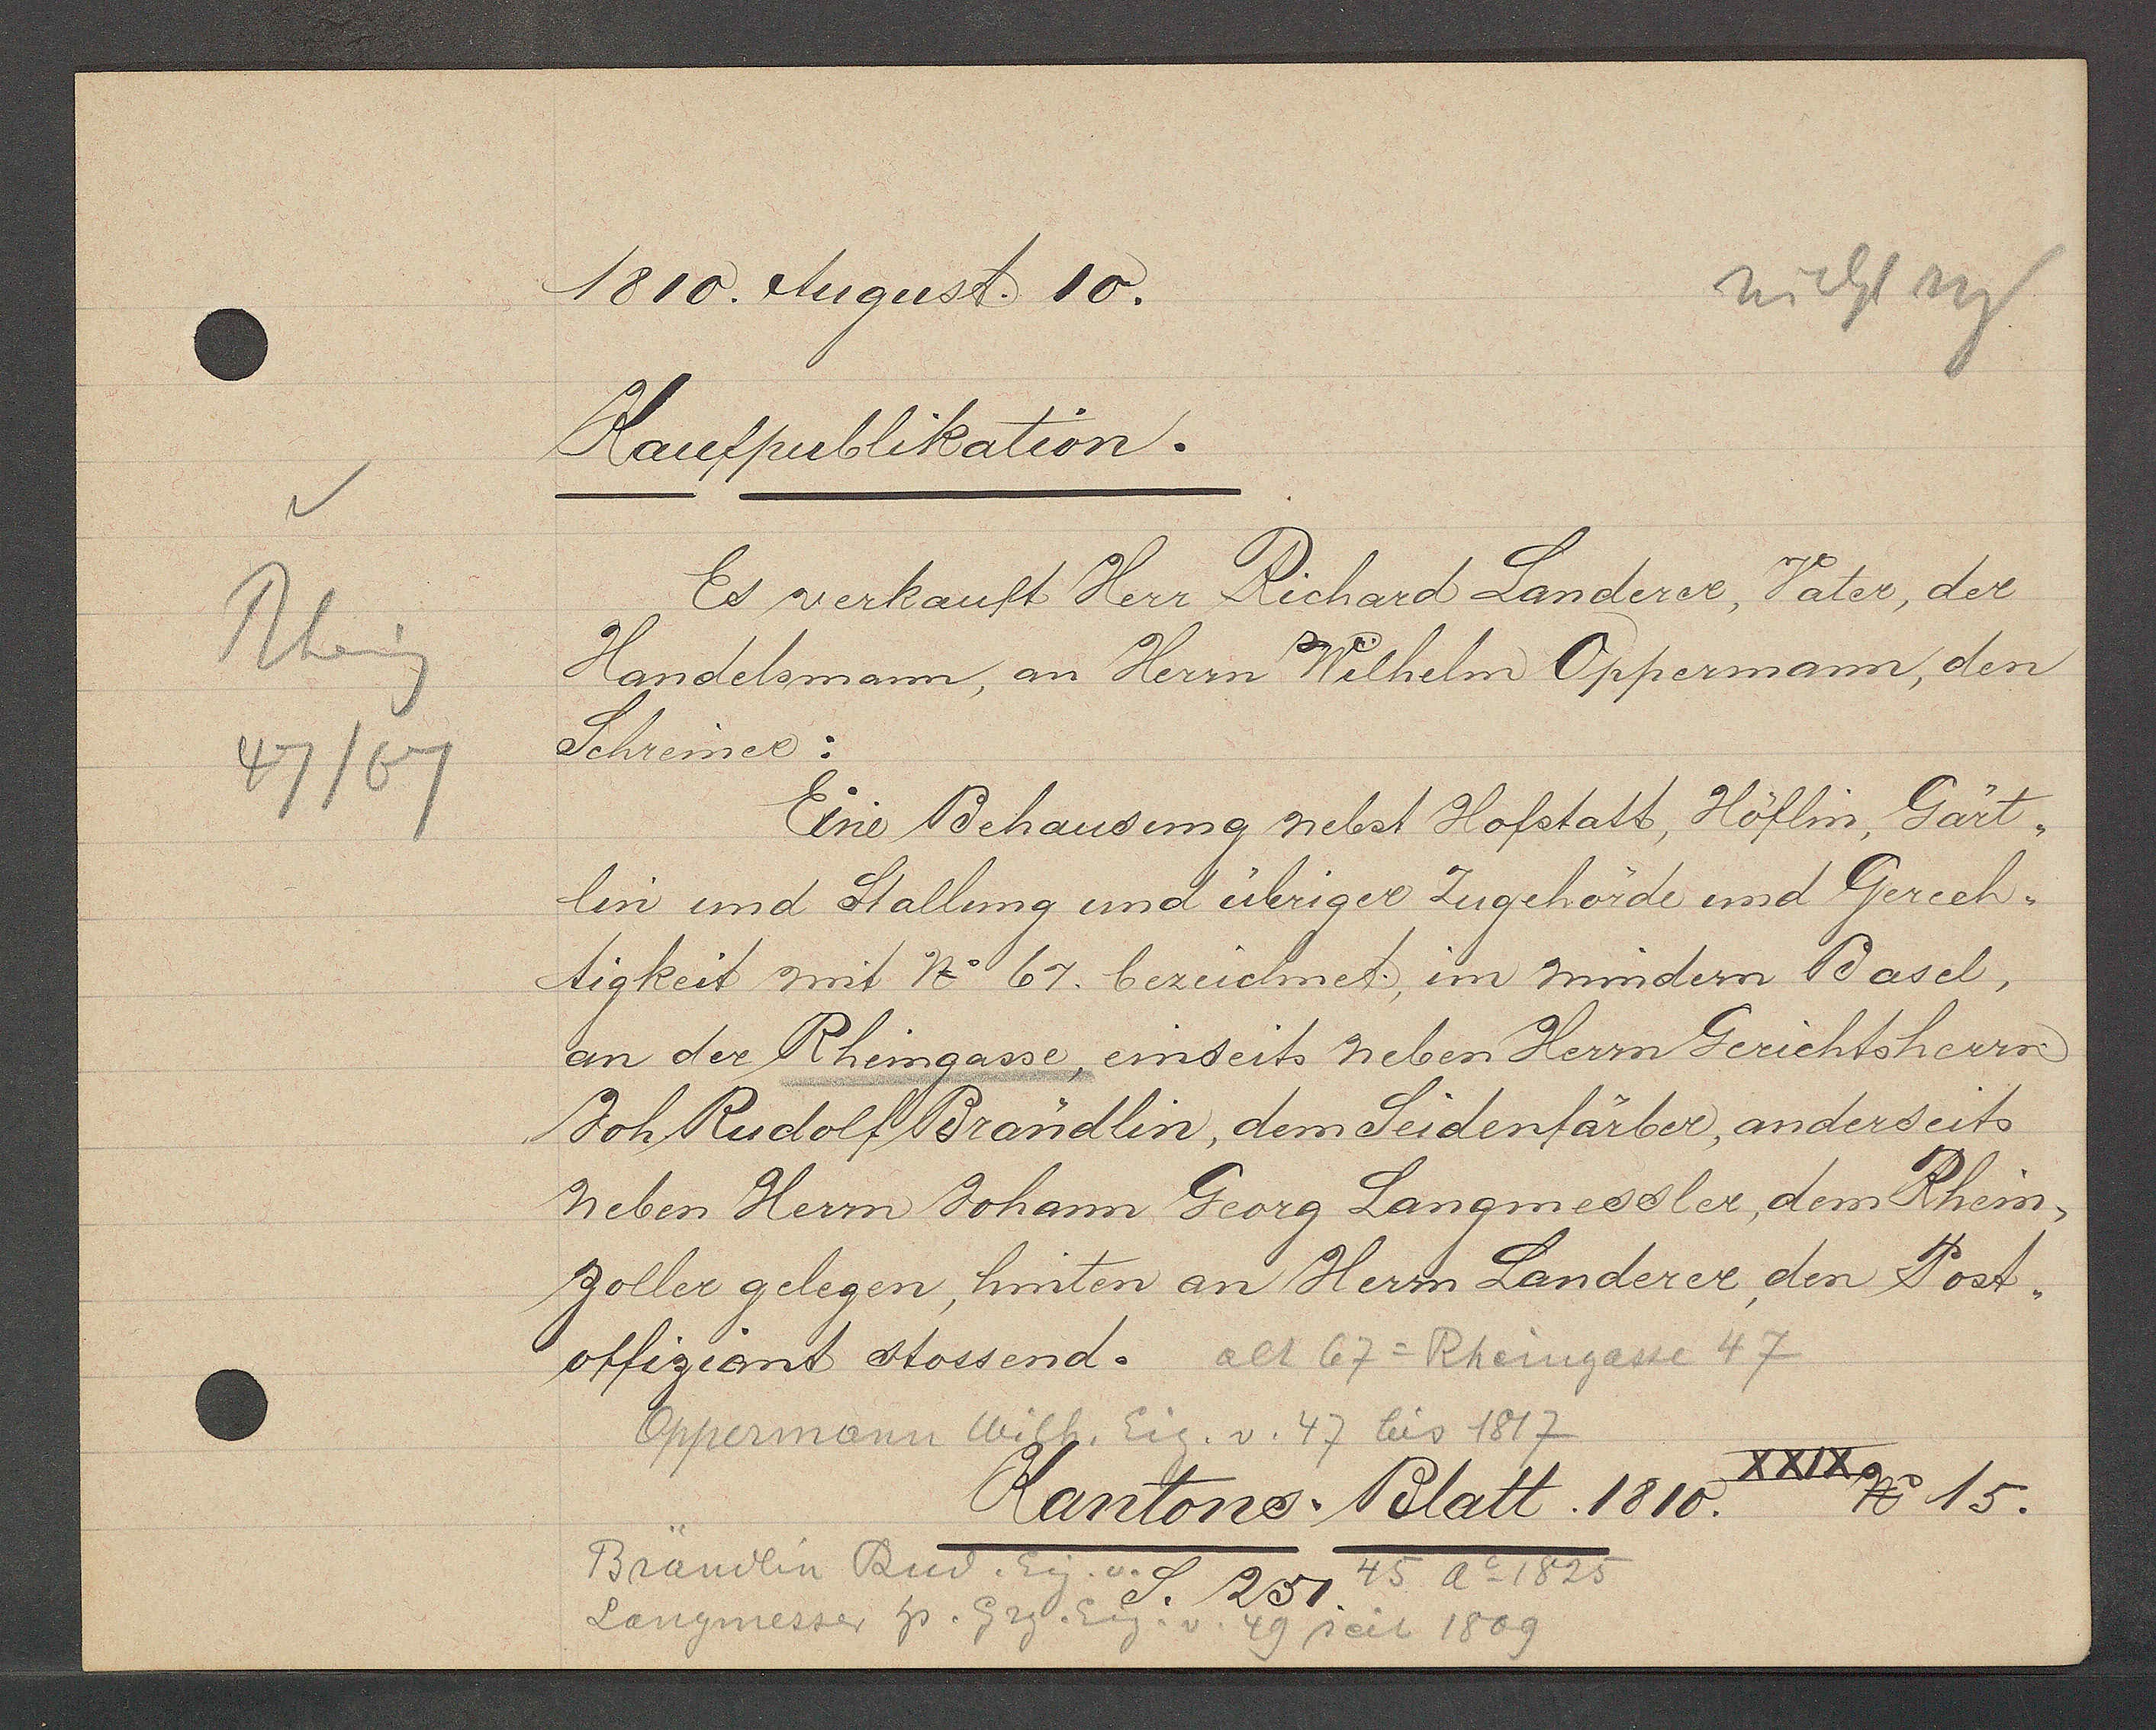
Transcript:
Rheing
47/69

1810. August. 10.

Kaufpublikation.
Es verkauft Herr Richard Landerer, Vater, der
Handelsmann, an Herrn Wilhelm Oppermann, den
Schreiner:
Eine Behausung nebst Hofstatt, Höflin, Gärt¬
lin und Stallung und übriger Zugehörde und Gerech¬
tigkeit mit No 67. bezeichnet, im mindern Basel,
an der Rheingasse, einseits neben Herrn Gerichtsherrn
Joh Rudolf Brändlin, dem Seidenfärber, anderseits
neben Herrn Johann Georg Langmessler, dem Rhein,
zoller gelegen, hinten an Herrn Landerer, den Post¬
offiziant stossend.

alt 67= Rheingasse 47
Oppermann Wilh. Eig. v. 47 bis 1817

Brändlin Rud. Eig. v.
45 Ao 1825
Langmesser hs. Grg. Eig. v. 49 seit 1809

XXIX No 15.
Kantons Blatt. 1810.
S. 251.